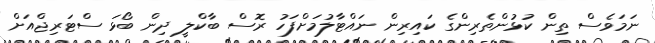
ނަމަވެސް ތިން ކުޅުންތެރިންގެ ކައިރިން ނައްޓާލުމަށްފަހު ރޮސް ބާކްލީ ދިން ބޯޅަ ސްޓަރިޖްއަށް